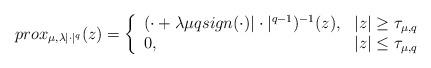
LaTeX: \begin{align*}prox_{\mu, \lambda |\cdot|^q} (z)=\left\{\begin{array}[c]{ll}(\cdot + \lambda \mu q sign(\cdot) |\cdot|^{q-1})^{-1}(z), & |z|\geq \tau_{\mu,q}\\0, & |z|\leq \tau_{\mu,q}\end{array}\right.\end{align*}